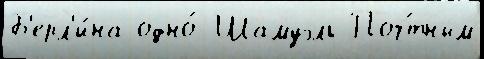
Б'ерл'и́на одно́ Шамуэль Поч́тным